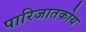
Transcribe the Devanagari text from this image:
पारिजातकोय